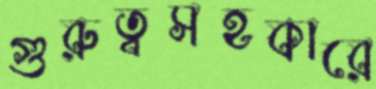
গুরুত্বসহকারে